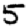
Digit: 5